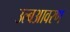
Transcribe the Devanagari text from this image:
उल्बआवरण